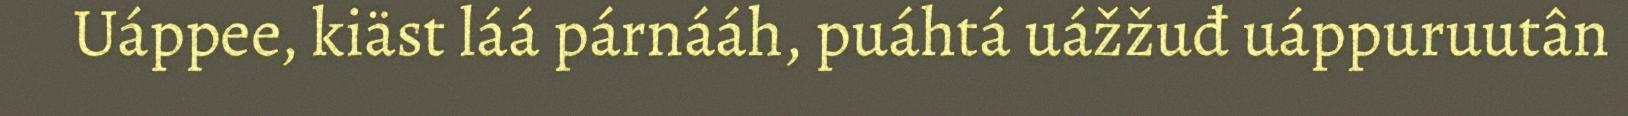
Uáppee, kiäst láá párnááh, puáhtá uážžuđ uáppuruutân